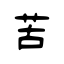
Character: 苦